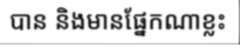
បាន និងមានផ្នែកណាខ្លះ